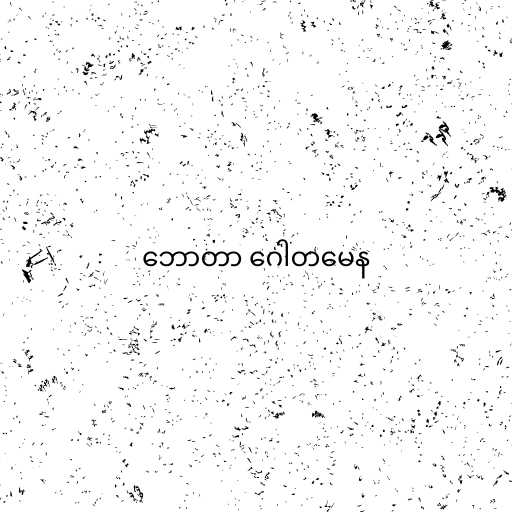
ဘောတာ ဂေါတမေန